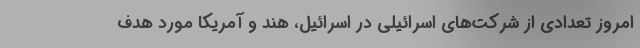
امروز تعدادی از شرکت‌های اسرائیلی در اسرائیل، هند و آمریکا مورد هدف